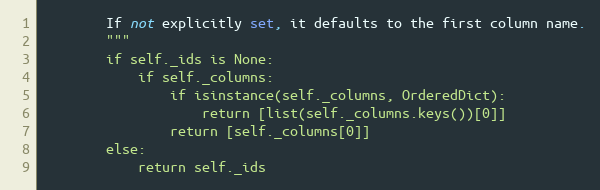
Language: Python
        If not explicitly set, it defaults to the first column name.
        """
        if self._ids is None:
            if self._columns:
                if isinstance(self._columns, OrderedDict):
                    return [list(self._columns.keys())[0]]
                return [self._columns[0]]
        else:
            return self._ids